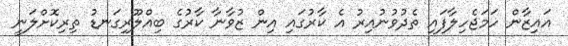
އައިޒާން ހަމަޖެހިލާފައި ތެދުވުނުއިރު އެ ކާރުގައި އިން ޒުވާނާ ކާރުގެ ބިއްލޫރިގަނޑު ތިރިކޮށްލަނީ